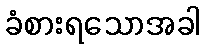
ခံစားရသောအခါ